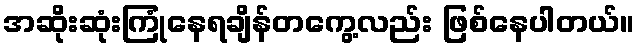
အဆိုးဆုံးကြုံနေရချိန်တကွေ့လည်း ဖြစ်နေပါတယ်။